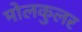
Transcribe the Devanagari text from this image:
मोलकुलर